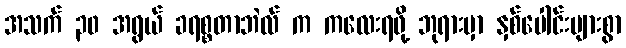
အသက် ၃၀ အရွယ် ခရစ္စတာဘဲလ် က ကလေးရဖို့ ဘုရားမှာ နှစ်ပေါင်းများစွာ